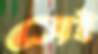
সেই